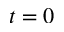
t = 0